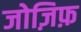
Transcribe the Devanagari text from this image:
जोज़िफ़